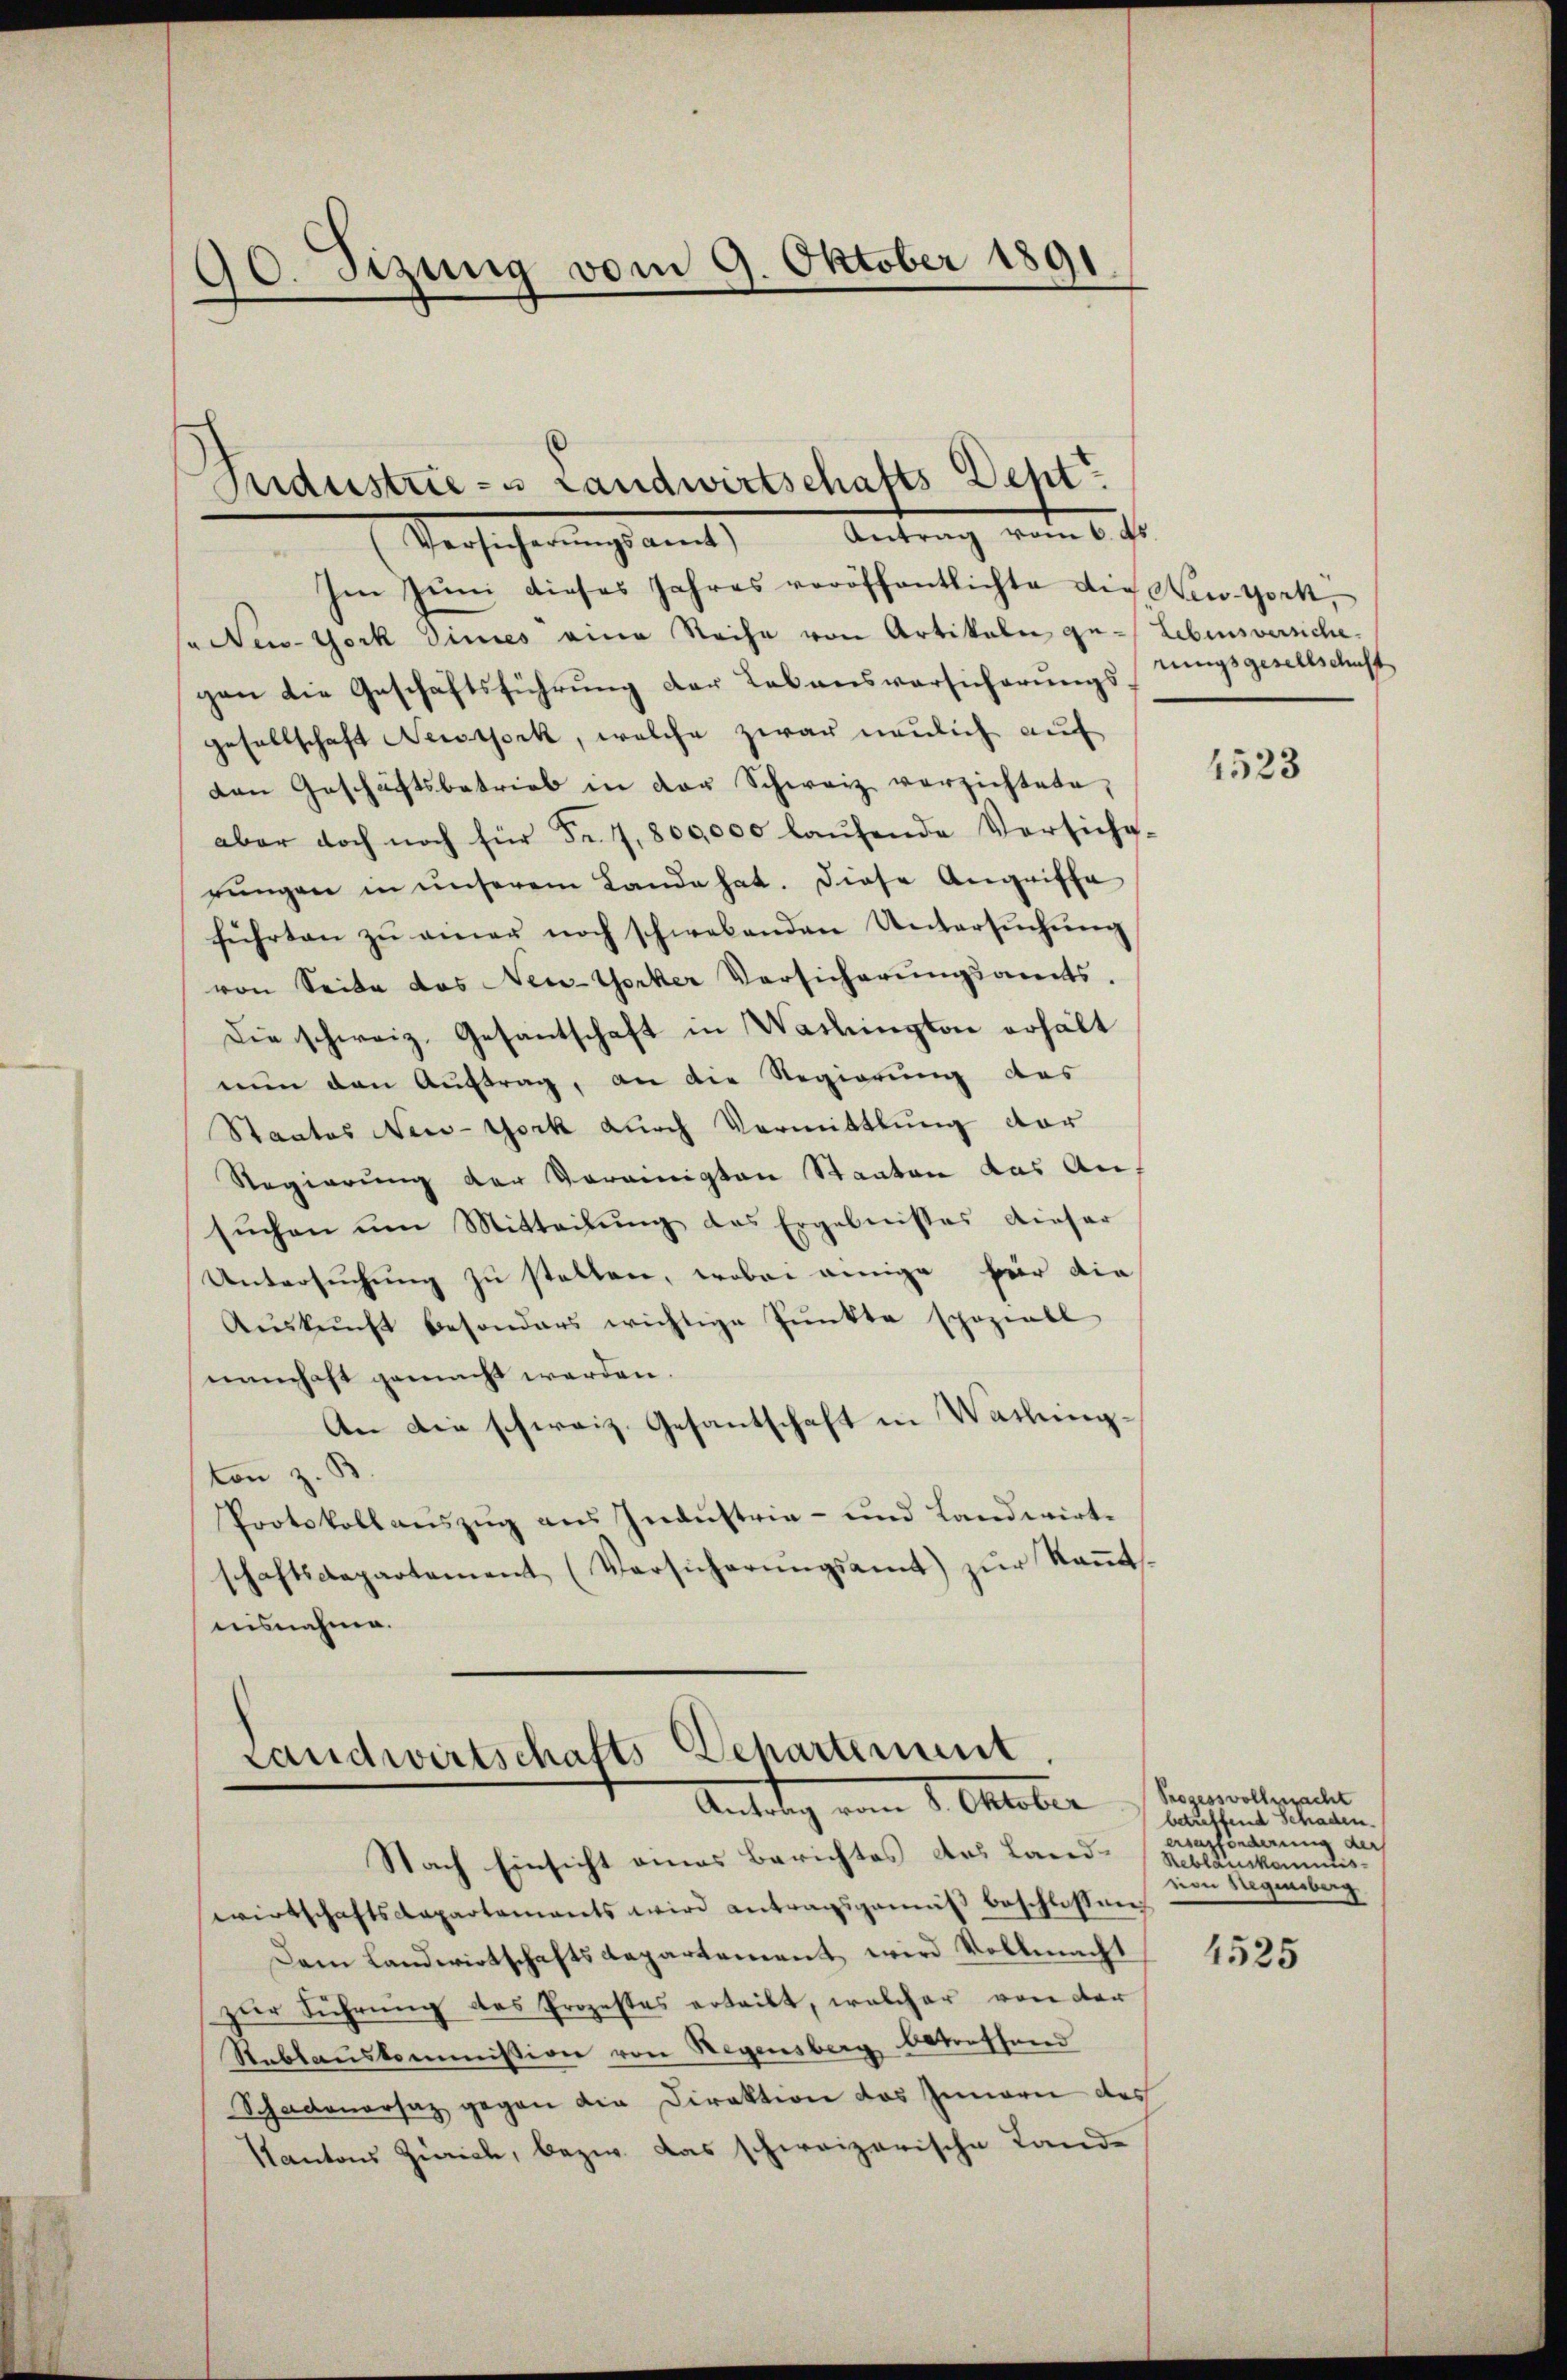
90. Sitzung vom 9. Oktober 1891

Industrie- u Landwirtschafts Dept
Im Juni dieses Jahres veröffentlichte die New-York,
" New-York Dimes eine Reihe von Artikeln ge- Lebensversiche,
gen die Geschäftsführung der Lebensvorsicherungsgesellschaft Nestock, welche zwar neulich auf
den Geschäftsbetrieb in der Schweiz verzichtete,
aber doch noch für Fr. 1,800,000 laŭfende Versiche-
rŭngen in unserem Lande hat. Diese Angriffe
führten zŭ einer noch schwebenden Untersŭchŭng
von Seite das New-Yorker Versicherŭngsamts.
Die schweiz. Gesantschaft in Washington erhält
nun den Auftrag, an die Regierung des
Staates New-York durch Vormittlung dar
Regierung der Vereinigten Staaten das Ansŭchen ŭm Mitteilŭng des Ergebnisses dieser
Untersŭchŭng zu statten, wobei einige für die
Aŭskŭnft besonders wichtige Pŭnkte speziell
namhaft gemacht werden.
An die schweiz. Gesantschaft in Waching-
ton z. B.
Protokollauszug aus Industria- und Landwirtschaftsdepartement (Versicherŭngsamt zŭr Keṅt-
nisnahme.

Versicherungsamt

wirtschaftsdepartements wird antragsgemäß beschlossen
Dem Landwirtschaftsdepartement, wird Vollmacht
zur Führung des Prozestes erteilt, welcher von der
Reblauskommission von Wegensberg betreffend
Schadenersaz gegen die Direktion das Innern des
Kantons Zürich, bezw. das schweizerische Lande

Antrag vom 6. ds.

Landwirtschafts Departement
Antätig vom 1. Oktober
Nach Einsicht eines Berichtes des Landeren kanntis¬

rungsgesellschaft

4523

Trogessvollmacht
betreffend Schaden.
ersasfonderung der
vion Segensburg

4525